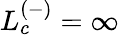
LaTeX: L_{c}^{(-)}=\infty